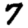
Digit: 7